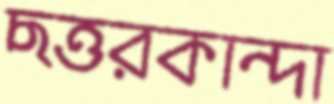
ছত্তরকান্দা